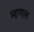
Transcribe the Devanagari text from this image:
म्हणल